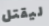
ليقتل